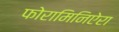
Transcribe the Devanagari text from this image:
फोरामिनिऐरा